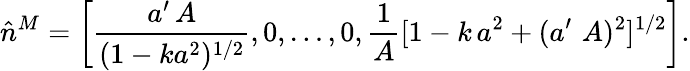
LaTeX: \hat{n}^{M}=\left[\frac{a^{\prime}\, A}{(1-ka^{2})^{1/2}},0,\dots,0,\frac{1}{A}[1-k\, a^{2}+(a^{\prime}\, \, A)^{2}]^{1/2}\right].